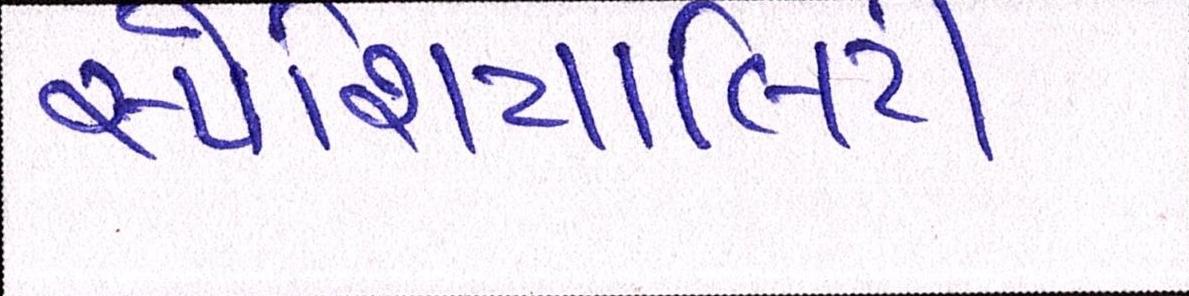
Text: સ્પેશિયાલિટી